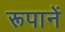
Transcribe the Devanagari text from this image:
रूपानें